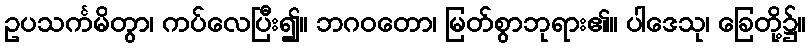
ဥပသင်္ကမိတွာ၊ ကပ်လေပြီး၍။ ဘဂဝတော၊ မြတ်စွာဘုရား၏။ ပါဒေသု၊ ခြေတို့၌။